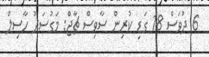
6 ދުވަސް 18 ގަޑި ކުރިން ސާވިސް ޗާޖް: މަގުސަދު ހާސިލް